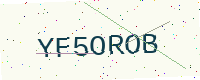
Text: YF5OROB